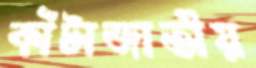
কাঁটাজাতীয়